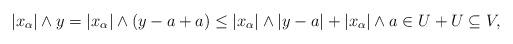
LaTeX: \begin{align*}|x_{\alpha}| \wedge y=|x_{\alpha}| \wedge (y-a+a) \leq |x_{\alpha}| \wedge \lvert y-a\rvert+|x_{\alpha}| \wedge a \in U+U \subseteq V,\end{align*}